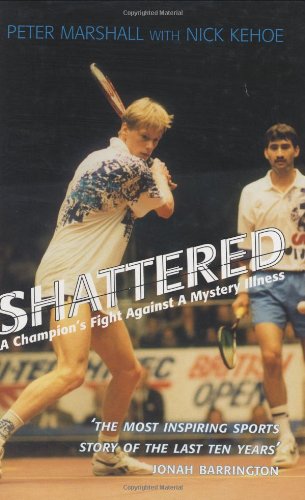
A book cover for Shattered: A Champion's Fight Against a Mystery Illness; Peter Marshall; Health, Fitness & Dieting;